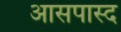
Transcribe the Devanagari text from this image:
आसपास्द